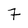
Character: 7